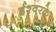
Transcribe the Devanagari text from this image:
ईश्वरके